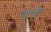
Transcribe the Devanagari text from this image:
फल्के